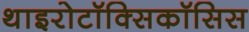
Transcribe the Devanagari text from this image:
थाइरोटॉक्सिकॉसिस